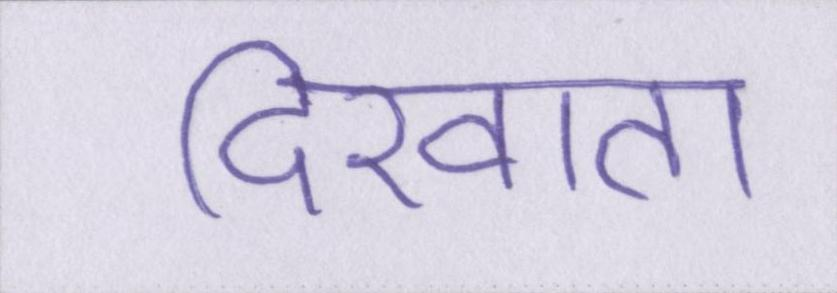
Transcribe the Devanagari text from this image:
दिखाता